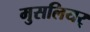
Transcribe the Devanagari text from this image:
मुसलियर्